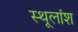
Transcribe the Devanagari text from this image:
स्थूलांश